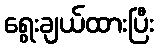
ရွေးချယ်ထားပြီး